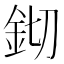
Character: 𨥔